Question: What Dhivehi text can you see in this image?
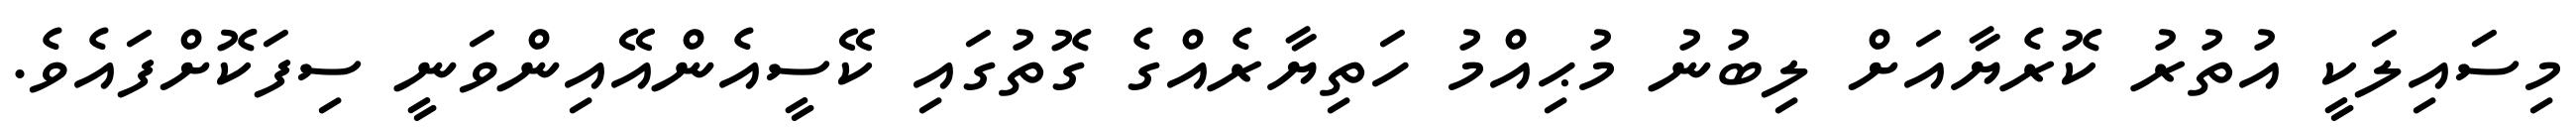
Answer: މިސައިލަކީ އުތުރު ކޮރެޔާއަށް ލިބުނު މުޙިއްމު ހަތިޔާރެއްގެ ގޮތުގައި ކޭސީއެންއޭއިންވަނީ ސިފަކޮށްފައެވެ.